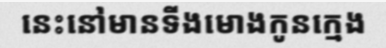
នេះនៅមានទីងមោងកូនក្មេង